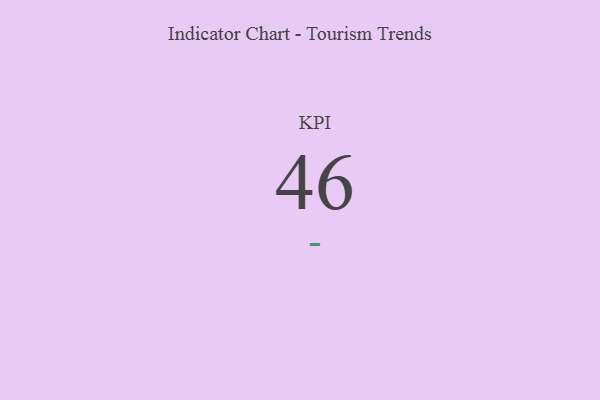
{"axis": {"x": "KPI", "y": "Value"}, "legend": [""], "data": [{"x": "KPI", "y": 46, "type": ""}]}